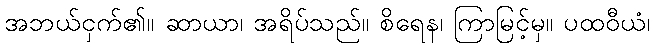
အဘယ်ငှက်၏။ ဆာယာ၊ အရိပ်သည်။ စိရေန၊ ကြာမြင့်မှ။ ပထဝီယံ၊